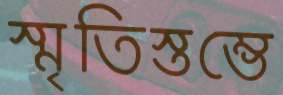
স্মৃতিস্তম্ভে